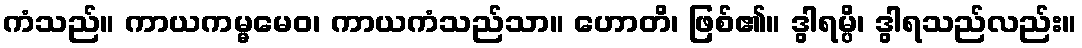
ကံသည်။ ကာယကမ္မမေဝ၊ ကာယကံသည်သာ။ ဟောတိ၊ ဖြစ်၏။ ဒွါရမ္ပိ၊ ဒွါရသည်လည်း။